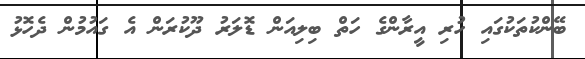
ބޭންކުތަކުގައި ހުރި އީރާންގެ ހަތް ބިލިއަން ޑޮލަރު ދޫކުރަން އެ ގައުމުން ދެހޮޅު